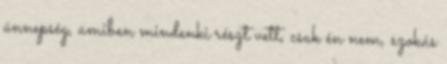
ünnepség, amiben mindenki részt vett, csak én nem, szokás